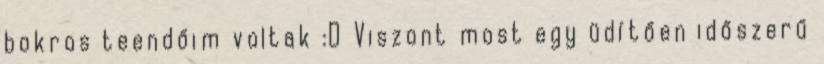
bokros teendőim voltak :D Viszont most egy üdítően időszerű